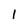
Character: l